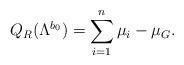
LaTeX: \begin{align*}Q_{R}(\Lambda^{b_{0}})=\sum_{i=1}^{n} \mu_{i} - \mu_{G} .\end{align*}